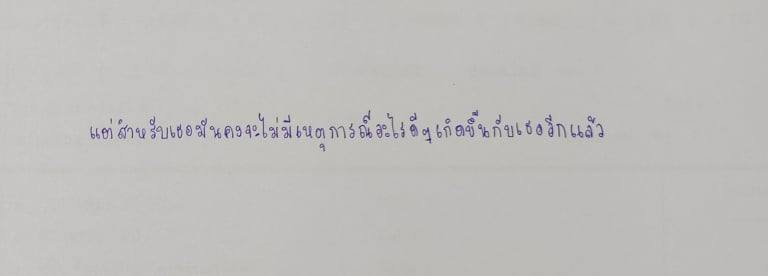
แต่สำหรับเธอมันคงจะไม่มีเหตุการณ์อะไรดีๆเกิดขึ้นกับเธออีกแล้ว